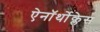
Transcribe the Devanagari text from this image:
ऐनॉर्थोक्लेस